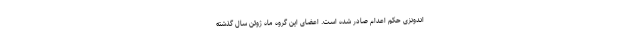
اندونزی حکم اعدام صادر شده است. اعضای این گروه ماه ژوئن سال گذشته